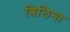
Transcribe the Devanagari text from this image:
बिलिना